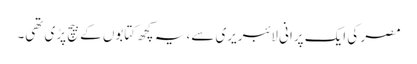
مصر کی ایک پرانی لائبریری سے، یہ کچھ کتابوں کے بیچ پڑی تھی۔